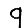
Digit: 9